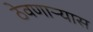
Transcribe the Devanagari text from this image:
ठेवणाऱ्यास